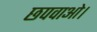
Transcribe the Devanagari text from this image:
छपवाओ।